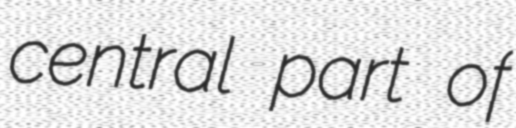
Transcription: central part of